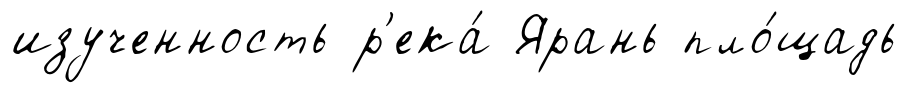
изученность р'ека́ Ярань пло́щадь